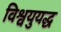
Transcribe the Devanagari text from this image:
विश्वयुयद्ध